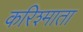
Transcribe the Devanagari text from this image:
करिश्माता